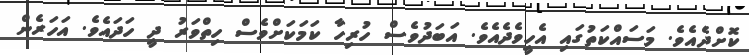
ކޮށްދެއެވެ. މަސައްކަތުގައި އެހީވެދެއެވެ. އަބަދުވެސް ހުރިހާ ކަމަކަށްވެސް ހިތްވަރު ދީ ހަދައެވެ. އަހަރެން